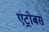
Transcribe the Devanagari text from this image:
एंट्रोबस